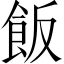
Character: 飯